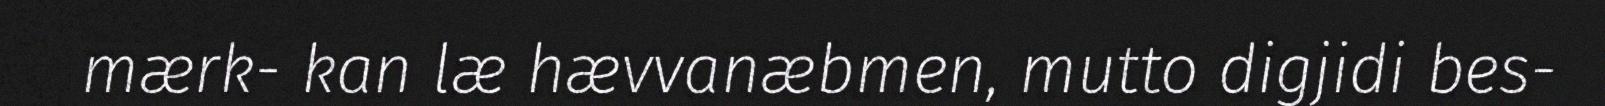
mærk- kan læ hævvanæbmen, mutto digjidi bes-